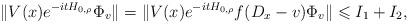
LaTeX: \begin{align*}\|V(x)e^{-itH_{0,\rho}}\Phi_v\|=\|V(x)e^{-itH_{0,\rho}}f(D_x-v)\Phi_v\|\leqslant I_1+I_2,\end{align*}